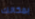
بمكانك